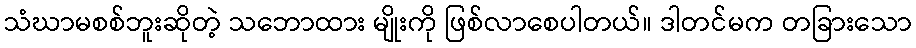
သံဃာမစစ်ဘူးဆိုတဲ့ သဘောထား မျိုးကို ဖြစ်လာစေပါတယ်။ ဒါတင်မက တခြားသော